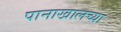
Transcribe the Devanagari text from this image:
पानाखालच्या